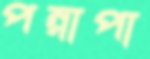
পন্নাপা